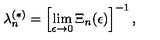
\lambda _ { n } ^ { ( \ast ) } = \left[ \lim _ { \epsilon \rightarrow 0 } \Xi _ { n } ( \epsilon ) \right] ^ { - 1 } ,